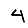
Digit: 4